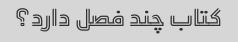
کتاب چند فصل دارد؟